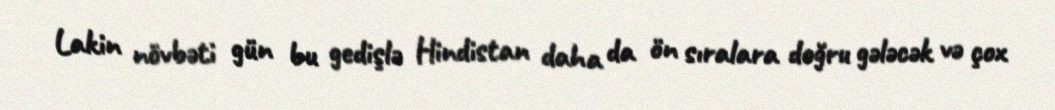
Lakin növbəti gün bu gedişlə Hindistan daha da ön sıralara doğru gələcək və çox